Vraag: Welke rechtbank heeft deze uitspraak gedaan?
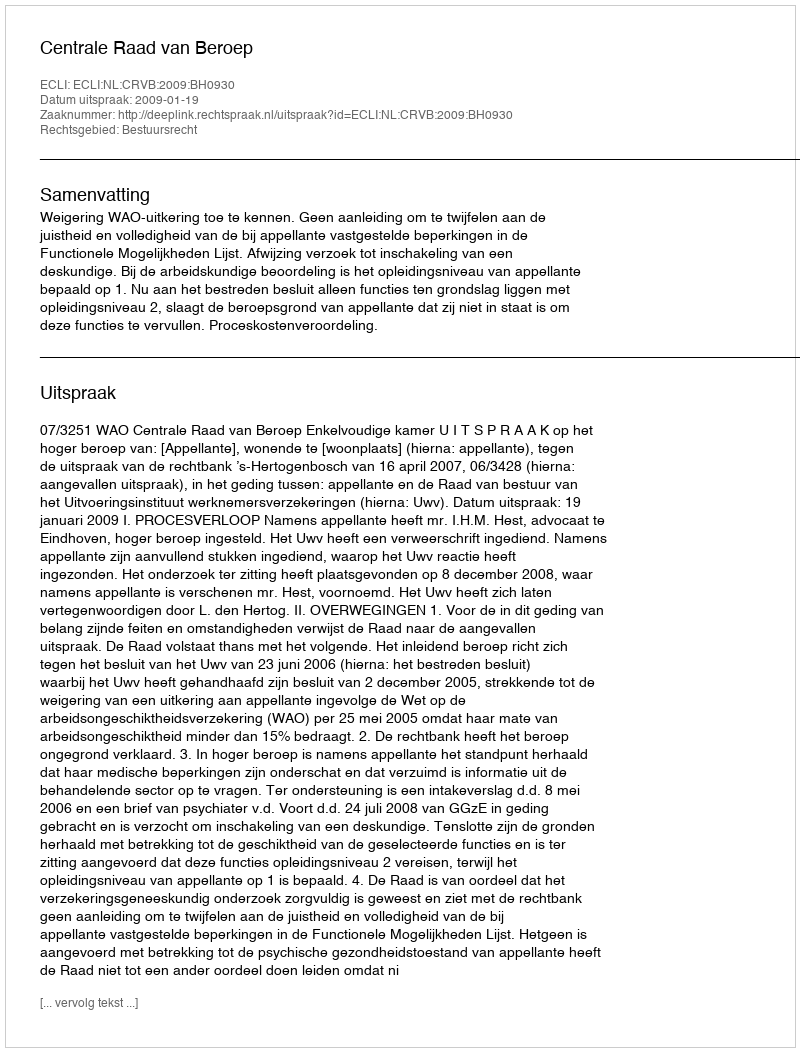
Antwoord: Centrale Raad van Beroep